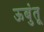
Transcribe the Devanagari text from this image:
ऊबुंतू